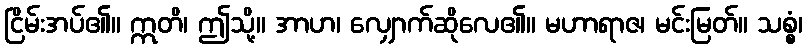
ငြိမ်းအပ်၏။ ဣတိ၊ ဤသို့။ အာဟ၊ လျှောက်ဆိုလေ၏။ မဟာရာဇ၊ မင်းမြတ်။ သစ္စံ၊